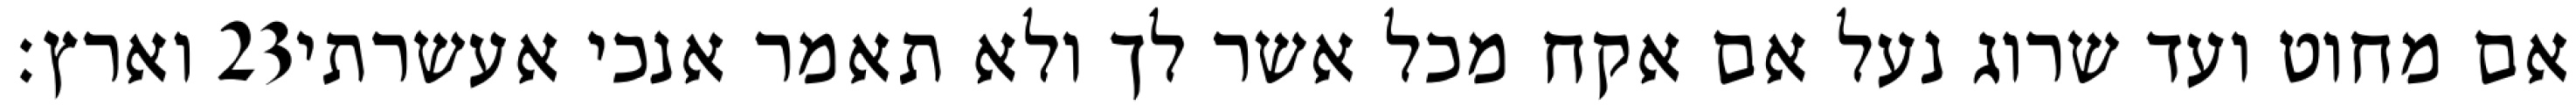
וארץ׃ ‎23‏ אם מחוט ועד שרוג נעל אם אקח מכל אשר לך ולא תאמר אנכי אעשרתי